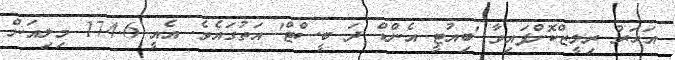
އަަހަރު ރިލީޒްކޮށްފައިވާ 'ބިއުޓީ އެންޑް ދަ ބީސްޓް' އަތުގައެވެ. އެއީ 174.6 މިލިއަން